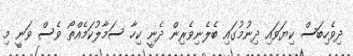
ދިވެހިބަސް ކިޔަވައި ދިނުމުގައި ބެލެނިވެރިން ދެނީ ކިހާ ސަމާލުކަމެއްތޯ ވެސް ވަނީ މި